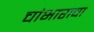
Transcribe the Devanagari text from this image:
चांभाराचा